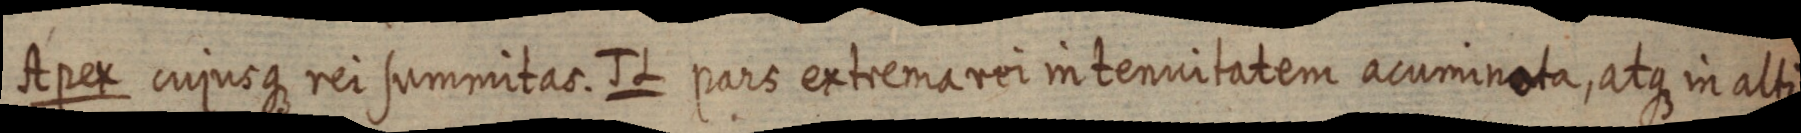
Apex cujusque rei summitas. J L pars extrema rei intennitatem acumineta, atque in alti